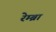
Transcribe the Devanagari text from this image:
रेम्ब्रा